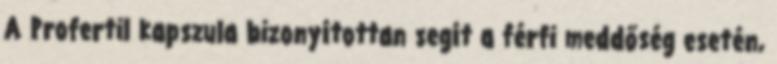
A Profertil kapszula bizonyítottan segít a férfi meddőség esetén,